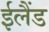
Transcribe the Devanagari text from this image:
ईलैंड